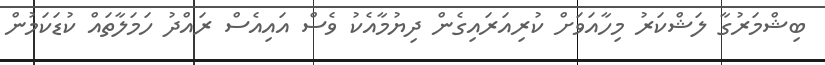
ބިޝްމަރުގާ ލަޝްކަރު މިހާއަވަށް ކުރިއަރައިގެން ދިޔުމާއެކު ވެސް އައިއެސް ރައްދު ހަމަލާތައް ކުޑަކަމުން